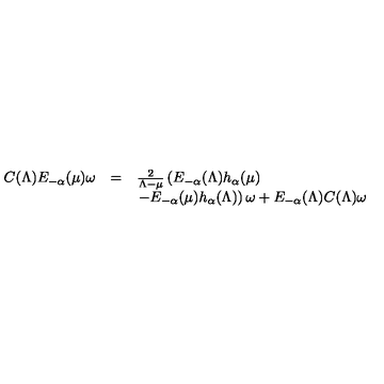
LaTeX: \begin{array} { l c l } { C ( \Lambda ) E _ { - \alpha } ( \mu ) \omega } & { = } & { \frac { 2 } { \Lambda - \mu } \left( E _ { - \alpha } ( \Lambda ) h _ { \alpha } ( \mu ) \right. } \\ { } & { } & { \left. - E _ { - \alpha } ( \mu ) h _ { \alpha } ( \Lambda ) \right) \omega + E _ { - \alpha } ( \Lambda ) C ( \Lambda ) \omega } \\ \end{array}